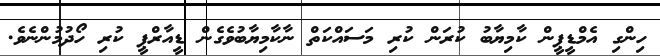
ހިންގި އެމްޑީޕީން ކާމިޔާބު ކުރަން ކުރި މަސައްކަތް ނާކާމިޔާބުވެގެން ޑީއާރްޕީ ކުރި ހޯދުމުންނެވެ.